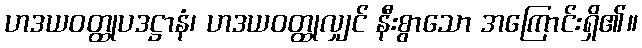
ဟဒယဝတ္ထုပဒဋ္ဌာနံ၊ ဟဒယဝတ္ထုလျှင် နီးစွာသော အကြောင်းရှိ၏။